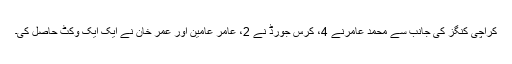
کراچی کنگز کی جانب سے محمد عامرنے 4، کرس جورڈ نے 2، عامر عامین اور عمر خان نے ایک ایک وکٹ حاصل کی۔